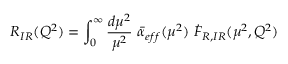
R _ { I R } ( Q ^ { 2 } ) = \int _ { 0 } ^ { \infty } { \frac { d \mu ^ { 2 } } { \mu ^ { 2 } } } \ \bar { \alpha } _ { e f f } ( \mu ^ { 2 } ) \ \dot { { \cal F } } _ { R , I R } ( \mu ^ { 2 } , Q ^ { 2 } )